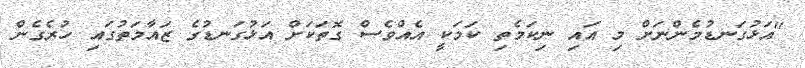
"އަޅުގަނޑުމެންނަށް މި އައި ނިކަމެތި ކަމަކީ އެއްވެސް ގޮތަކަށް އަޅުގަނޑުގެ ޒައާމަތުގައި ހުރެގެން